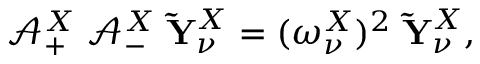
\mathbf { \mathcal { A } } _ { + } ^ { X } \; \mathbf { \mathcal { A } } _ { - } ^ { X } \; \mathbf { \tilde { Y } } _ { \nu } ^ { X } = ( \omega _ { \nu } ^ { X } ) ^ { 2 } \; \mathbf { \tilde { Y } } _ { \nu } ^ { X } ,